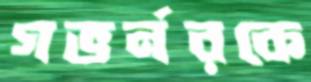
গভর্নরকে